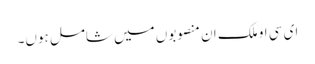
ای سی او ملک ان منصوبوں میں شامل ہوں۔